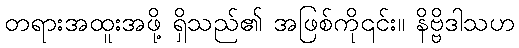
တရားအထူးအဖို့ ရှိသည်၏ အဖြစ်ကို၎င်း။ နိဗ္ဗိဒါသဟ